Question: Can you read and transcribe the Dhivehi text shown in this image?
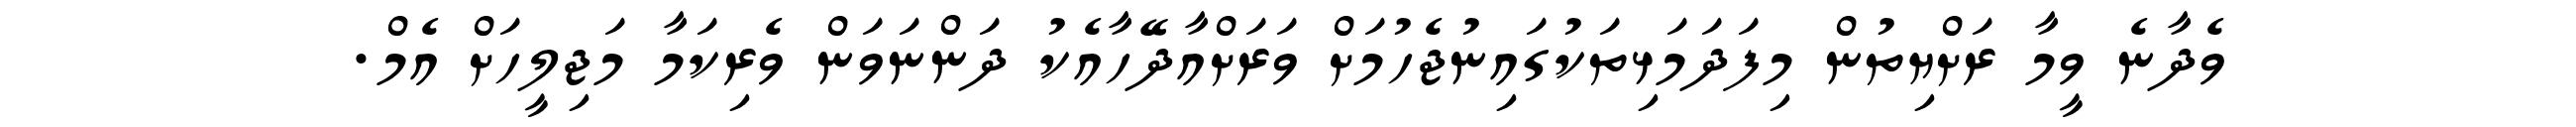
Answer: ވެދާނެ ވީމާ ރަށްޔިތުން މިފަދަމަޅިތަކުގައިނުޖެހުމަށް ވަރަށްއާދޭހާއެކު ދަންނަވަން ވެރިކަމާ މަޖިލީހަށް އެމް.